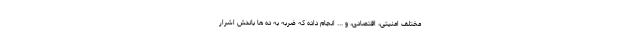
مختلف امنیتی، اقتصادی، و ... انجام داده که ضربه به ده ها باندش اشرار